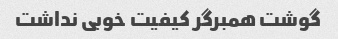
گوشت همبرگر کیفیت خوبی نداشت